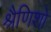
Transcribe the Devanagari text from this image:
श्रैणिशो